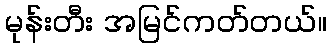
မုန်းတီး အမြင်ကတ်တယ်။